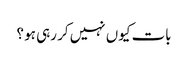
بات کیوں نہیں کر رہی ہو ؟